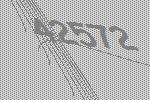
42572